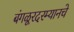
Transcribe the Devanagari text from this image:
बंगळूरदरम्यानचे